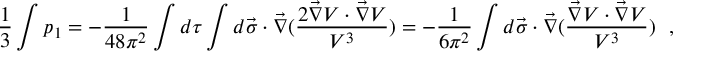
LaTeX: \frac { 1 } { 3 } \int p _ { 1 } = - \frac { 1 } { 4 8 \pi ^ { 2 } } \int d \tau \int d \vec { \sigma } \cdot \vec { \nabla } ( \frac { 2 \vec { \nabla } V \cdot \vec { \nabla } V } { V ^ { 3 } } ) = - \frac { 1 } { 6 \pi ^ { 2 } } \int d \vec { \sigma } \cdot \vec { \nabla } ( \frac { \vec { \nabla } V \cdot \vec { \nabla } V } { V ^ { 3 } } ) ~ ~ ,